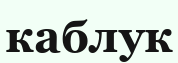
каблук